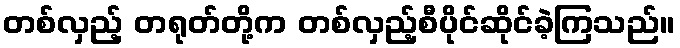
တစ်လှည့် တရုတ်တို့က တစ်လှည့်စီပိုင်ဆိုင်ခဲ့ကြသည်။